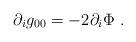
LaTeX: \begin{align*}\partial_i g_{00} = - 2 \partial_i \Phi \ .\end{align*}